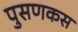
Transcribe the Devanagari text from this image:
पुसणकस